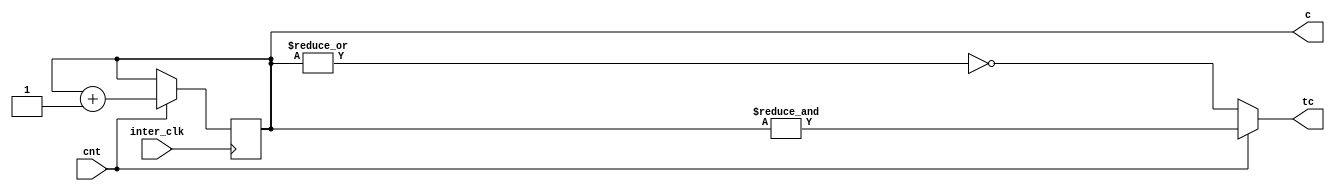
module ud_counter_block(inter_clk, cnt, c, tc);

input inter_clk, cnt;

output tc;
output reg [2:0] c;

assign tc = (cnt == 1'b1)? &c : !(|c);

always @ (posedge inter_clk) 
begin

		if(cnt == 1)
		begin

				c <= c + 1;
			end
			
		else
		begin
			c <= c;
		end

end

endmodule